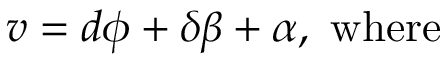
v = d \phi + \delta \beta + \alpha , \ \mathrm { w h e r e }